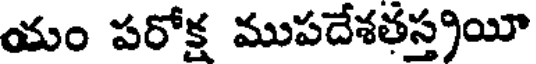
యం పరోక్ష ముపదేశతస్త్రయీ